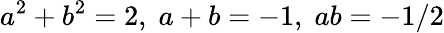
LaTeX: a^{2}+b^{2}=2,\; a+b=-1,\; ab=-1/2